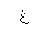
Letter: _gayn